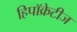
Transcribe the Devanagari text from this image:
हिपॉक्रेटीज